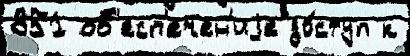
851 об'есп'ечен'иjе до́ступ к